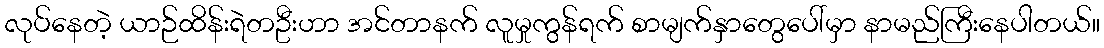
လုပ်နေတဲ့ ယာဉ်ထိန်းရဲတဦးဟာ အင်တာနက် လူမှုကွန်ရက် စာမျက်နှာတွေပေါ်မှာ နာမည်ကြီးနေပါတယ်။